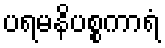
ပရမနိပစ္စကာရံ